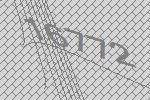
16772